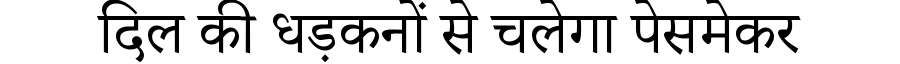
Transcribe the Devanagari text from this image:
दिल की धड़कनों से चलेगा पेसमेकर